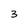
Character: 3